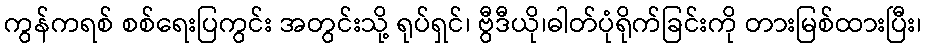
ကွန်ကရစ် စစ်ရေးပြကွင်း အတွင်းသို့ ရုပ်ရှင်၊ ဗွီဒီယို၊ဓါတ်ပုံရိုက်ခြင်းကို တားမြစ်ထားပြီး၊